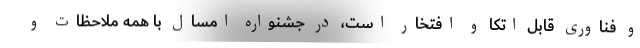
و فناوری قابل اتکا و افتخار است، در جشنواره امسال با همه ملاحظات و